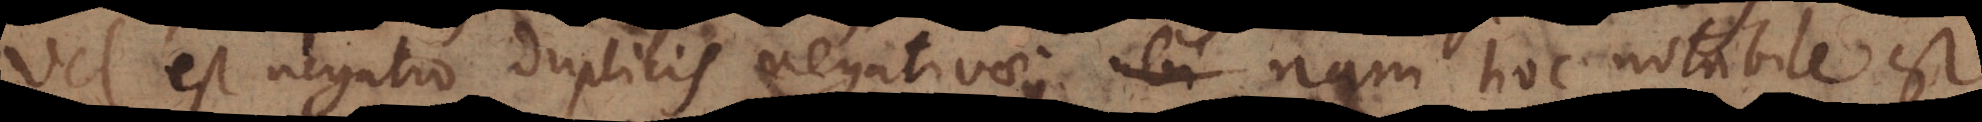
Vel est negatio duplicis negativae; nam hoc notabile est